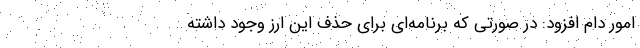
امور دام افزود: در صورتی که برنامه‌ای برای حذف این ارز وجود داشته